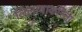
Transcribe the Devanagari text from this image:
लिलावाकरिता